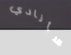
سأنادي